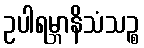
ဥပါရမ္ဘာနိသံသဉ္စ